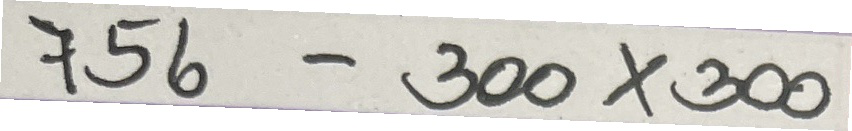
756 - 300 x 300